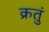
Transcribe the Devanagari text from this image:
क्रतुं